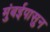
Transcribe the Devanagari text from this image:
मुंबईपासुन